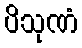
ပိသုဏံ